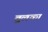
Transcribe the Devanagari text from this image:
तुलका